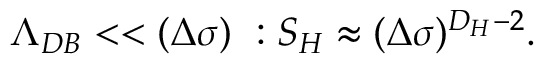
\Lambda _ { D B } < < ( \Delta \sigma ) \ : { \cal S } _ { H } \approx ( \Delta \sigma ) ^ { D _ { H } - 2 } .